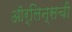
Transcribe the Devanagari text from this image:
ऑर्लिन्सची